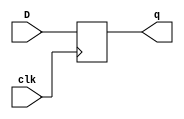
module dff(D,clk,q);
input D,clk;
output q;
reg q;
initial q<=0;
always @ (posedge clk)
 begin
  q<=D;
 end
endmodule


module s510(GND,VDD,CK,cblank,cclr,cnt10,cnt13,cnt21,cnt261,cnt272,cnt283,
  cnt284,cnt44,cnt45,cnt509,cnt511,cnt567,cnt591,csm,csync,john,pc,pclr,
  pcnt12,pcnt17,pcnt241,pcnt27,pcnt6,vsync);
input GND,VDD,CK,john,cnt13,cnt21,cnt284,pcnt6,cnt261,cnt44,pcnt12,pcnt17,
  cnt591,cnt45,cnt567,pcnt27,cnt283,cnt272,cnt10,cnt511,pcnt241,cnt509;
output csm,pclr,pc,cclr,vsync,cblank,csync;

  wire st_5,II2,st_4,II3,st_3,II4,st_2,II5,st_1,II6,st_0,II7,II68,II67,II78,
    II73,II61,II60,II59,II58,II57,II56,II69,II70,II554,II555,II591,II590,II594,
    II595,II546,II547,II667,II666,II475,II474,II798,II799,II495,II494,II467,
    II466,II462,II463,II130,II131,II567,II566,II483,II482,II530,II531,II486,
    II487,II607,II606,II778,II779,II347,II346,II204,II205,II216,II217,II936_2,
    II946_1,II946_2,II936_1,II1089_1,II1044_1,II943_1,II578,II1102_2,II675,
    II1059_1,II671,II1071_1,II551,II1106_1,II1123_1,II663,II967_1,II498,
    II1055_1,II570,II1062_1,II535,II598,II1120_1,II795,II618,II1116_1,II95,
    II603,II950_2,II950_1,II455,II1102_1,II954_2,II587,II104,II1081_1,II543,
    II490,II1106_2,II940_1,II1077_1,II539,II988_1,II694,II698,II1085_1,II787,
    II954_1,II1081_2,II1116_2,II230,II1065_1,II232,II1113_1,II234,II1055_2,
    II1085_2,II1038_1,II985_1,II914_1,II1068_1,II933_1,II958_1,II958_2,II642,
    II924_2,II903_2,II478,II1092_1,II917_1,II458,II921_1,II909_1,II627,II962_2,
    II1095_1,II506,II1099_1,II209,II917_2,II982_1,II559,II1074_1,II1095_2,
    II970_1,II900_1,II207,II903_1,II742,II962_1,II975_1,II978_1,II747,II928_1,
    II1110_1,II924_1,II731,II658,II814,II574,II511,II638,II739,II774,II390,
    II583,II834,II563,II274,II810,II782,II870,II298,II710,II714,II326,II837,
    II270,II615,II838,II872,II266,II877,II213,II278,II282,II823,II855,II867,
    II841,II884,II861,II889,II827,II881,II899,II895,II821,II874,II863,II831,
    II887,II259,II371;

  dff DFF_0(CK,st_5,II2);
  dff DFF_1(CK,st_4,II3);
  dff DFF_2(CK,st_3,II4);
  dff DFF_3(CK,st_2,II5);
  dff DFF_4(CK,st_1,II6);
  dff DFF_5(CK,st_0,II7);
  not NOT_0(II68,cnt44);
  not NOT_1(II67,cnt261);
  not NOT_2(II78,cnt511);
  not NOT_3(II73,cnt567);
  not NOT_4(II61,st_0);
  not NOT_5(II60,st_1);
  not NOT_6(II59,st_2);
  not NOT_7(II58,st_3);
  not NOT_8(II57,st_4);
  not NOT_9(II56,st_5);
  not NOT_10(II69,pcnt12);
  not NOT_11(II70,pcnt17);
  not NOT_12(II554,II555);
  not NOT_13(II591,II590);
  not NOT_14(II594,II595);
  not NOT_15(II546,II547);
  not NOT_16(II667,II666);
  not NOT_17(II475,II474);
  not NOT_18(II798,II799);
  not NOT_19(II495,II494);
  not NOT_20(II467,II466);
  not NOT_21(II462,II463);
  not NOT_22(II130,II131);
  not NOT_23(II567,II566);
  not NOT_24(II483,II482);
  not NOT_25(II530,II531);
  not NOT_26(II486,II487);
  not NOT_27(II607,II606);
  not NOT_28(II778,II779);
  not NOT_29(II347,II346);
  not NOT_30(II204,II205);
  not NOT_31(II216,II217);
  and AND2_0(II936_2,cnt272,st_2);
  and AND2_1(II946_1,cnt10,st_5);
  and AND2_2(II946_2,john,st_4);
  and AND2_3(II936_1,cnt591,II59);
  and AND2_4(II1089_1,II59,II555);
  and AND2_5(II1044_1,II70,cnt284);
  and AND2_6(II943_1,II578,st_3);
  and AND2_7(II1102_2,II56,II675);
  and AND2_8(II1059_1,st_5,II671);
  and AND2_9(II1071_1,II551,II671);
  and AND2_10(II1106_1,II60,II551);
  and AND2_11(II1123_1,II551,II663);
  and AND2_12(II967_1,II498,II57);
  and AND3_0(II1055_1,II570,st_0,st_2);
  and AND2_13(II1062_1,II535,II598);
  and AND2_14(II1120_1,II795,II618);
  and AND2_15(II1116_1,II95,II603);
  and AND2_16(II950_2,II463,cnt283);
  and AND2_17(II950_1,II455,cnt45);
  and AND2_18(II1102_1,st_5,II455);
  and AND3_1(II954_2,cnt45,II587,II104);
  and AND3_2(II1081_1,II543,II490,II58);
  and AND2_19(II1106_2,II57,II543);
  and AND2_20(II940_1,II495,II60);
  and AND2_21(II1077_1,II104,II539);
  and AND2_22(II988_1,II694,II698);
  and AND2_23(II1085_1,II787,II130);
  and AND3_3(II954_1,st_5,cnt509,II567);
  and AND2_24(II1081_2,st_2,II483);
  and AND2_25(II1116_2,II61,II230);
  and AND2_26(II1065_1,II475,II232);
  and AND2_27(II1113_1,st_4,II234);
  and AND2_28(II1055_2,II58,II204);
  and AND2_29(II1085_2,II61,II216);
  or OR2_0(II1038_1,cnt21,st_0);
  or OR2_1(II985_1,pcnt27,II73);
  or OR2_2(II914_1,II60,II61);
  or OR2_3(II1068_1,st_4,II590);
  or OR2_4(II933_1,II57,II58);
  or OR2_5(II958_1,II57,II59);
  or OR2_6(II958_2,cnt284,II642);
  or OR2_7(II924_2,II474,II666);
  or OR2_8(II903_2,II58,II478);
  or OR2_9(II1092_1,st_4,II478);
  or OR3_0(II917_1,II458,II494,st_5);
  or OR2_10(II921_1,II494,II570);
  or OR2_11(II909_1,II466,II627);
  or OR2_12(II962_2,II466,II78);
  or OR2_13(II1095_1,cnt13,II506);
  or OR2_14(II1099_1,II506,II209);
  or OR2_15(II917_2,II482,II590);
  or OR2_16(II982_1,II559,II487);
  or OR2_17(II1074_1,II475,II546);
  or OR2_18(II1095_2,II475,II578);
  or OR2_19(II970_1,II495,II603);
  or OR2_20(II900_1,II56,II207);
  or OR2_21(II903_1,II606,II742);
  or OR2_22(II962_1,II462,II73);
  or OR2_23(II975_1,II531,II483);
  or OR2_24(II978_1,II483,II747);
  or OR2_25(II928_1,st_0,II530);
  or OR2_26(II1110_1,II61,II530);
  or OR2_27(II924_1,st_0,II731);
  nand NAND2_0(II590,st_1,st_2);
  nand NAND2_1(II458,st_3,st_1);
  nand NAND2_2(II490,cnt284,pcnt17);
  nand NAND2_3(II578,II61,st_1);
  nand NAND2_4(II666,II61,st_3);
  nand NAND2_5(II658,st_2,II58);
  nand NAND3_0(II814,II58,cnt21,II595);
  nand NAND2_6(II574,st_3,II57);
  nand NAND2_7(II498,II511,II587);
  nand NAND2_8(II638,II511,st_0);
  nand NAND2_9(II642,II739,st_2);
  nand NAND2_10(II474,II56,II57);
  nand NAND2_11(II570,II458,II56);
  nand NAND2_12(II598,cnt13,II56);
  nand NAND2_13(II742,II56,st_0);
  nand NAND2_14(II618,II69,cnt44);
  nand NAND2_15(II478,II547,II739);
  nand NAND2_16(II494,II57,II547);
  nand NAND3_1(II774,st_5,II547,II458);
  nand NAND2_17(II466,st_3,II535);
  nand NAND2_18(II506,II535,II58);
  nand NAND2_19(II566,II663,st_2);
  nand NAND2_20(II104,II933_1,II56);
  nand NAND2_21(II482,II58,II551);
  nand NAND2_22(II390,st_0,II583);
  nand NAND2_23(II834,II1068_1,II642);
  nand NAND2_24(II698,II563,II59);
  nand NAND2_25(II694,II795,II57);
  nand NAND2_26(II274,II56,II667);
  nand NAND2_27(II606,II95,II57);
  nand NAND2_28(II346,II985_1,II463);
  nand NAND3_2(II810,pcnt6,cnt284,II455);
  nand NAND3_3(II782,II67,II559,II675);
  nand NAND2_29(II230,II958_1,II958_2);
  nand NAND2_30(II870,II1092_1,II566);
  nand NAND2_31(II298,II539,II574);
  nand NAND2_32(II710,II467,cnt10);
  nand NAND2_33(II714,II1038_1,II567);
  nand NAND2_34(pclr,II917_1,II917_2);
  nand NAND2_35(II326,II982_1,II61);
  nand NAND2_36(pc,II921_1,II837);
  nand NAND2_37(II270,st_3,II615);
  nand NAND2_38(II838,II1074_1,II530);
  nand NAND3_4(II872,II1095_1,II1095_2,II774);
  nand NAND2_39(II266,II970_1,st_1);
  nand NAND3_5(II232,II962_1,II962_2,II810);
  nand NAND4_0(cclr,II486,II877,II546,II390);
  nand NAND4_1(II234,II213,II814,II710,II714);
  nand NAND2_40(II278,II975_1,II60);
  nand NAND2_41(II282,II978_1,st_1);
  nand NAND3_6(II3,II903_1,II903_2,II823);
  nand NAND3_7(vsync,II914_1,II855,II867);
  nand NAND2_42(cblank,II928_1,II841);
  nand NAND4_2(II4,II278,II274,II270,II266);
  nand NAND3_8(II884,II1110_1,II861,II326);
  nand NAND4_3(II5,II282,II889,II827,II298);
  nand NAND3_9(csync,II924_1,II924_2,II881);
  nand NAND3_10(II6,II909_1,II899,II895);
  nand NAND2_43(II2,II900_1,II821);
  nand NAND3_11(II874,II1099_1,II863,II831);
  nand NAND3_12(II7,II778,II782,II887);
  nor NOR2_0(II555,st_0,st_1);
  nor NOR2_1(II587,st_1,st_2);
  nor NOR2_2(II595,st_0,st_2);
  nor NOR2_3(II511,st_3,st_5);
  nor NOR2_4(II739,st_5,st_1);
  nor NOR2_5(II627,pcnt241,II78);
  nor NOR2_6(II547,II61,st_2);
  nor NOR2_7(II675,II61,st_1);
  nor NOR2_8(II535,II590,st_0);
  nor NOR2_9(II671,II458,II59);
  nor NOR2_10(II663,st_1,II58);
  nor NOR2_11(II551,II61,II57);
  nor NOR2_12(II583,II511,II60);
  nor NOR2_13(II603,II61,II56);
  nor NOR3_0(II799,II56,II58,II59);
  nor NOR2_14(II209,II946_1,II946_2);
  nor NOR2_15(II563,II578,II56);
  nor NOR3_1(II795,st_3,st_2,II578);
  nor NOR2_16(II95,II587,II591);
  nor NOR2_17(II463,II458,II594);
  nor NOR2_18(II131,II936_1,II936_2);
  nor NOR2_19(II455,II554,II658);
  nor NOR2_20(II559,II658,II56);
  nor NOR2_21(II531,II574,II59);
  nor NOR3_2(II787,II554,st_5,II574);
  nor NOR2_22(II487,st_4,II498);
  nor NOR2_23(II543,II742,II590);
  nor NOR2_24(II747,II638,II1044_1);
  nor NOR2_25(II539,II546,II60);
  nor NOR2_26(II207,II595,II943_1);
  nor NOR3_3(II779,II95,st_4,II638);
  nor NOR2_27(II259,st_0,II967_1);
  nor NOR2_28(II837,II487,II1071_1);
  nor NOR2_29(II867,II834,II1089_1);
  nor NOR2_30(II615,II475,st_2);
  nor NOR2_31(II827,II531,II1062_1);
  nor NOR2_32(csm,II555,II798);
  nor NOR2_33(II213,II950_1,II950_2);
  nor NOR3_4(II877,II1102_1,II1102_2,II551);
  nor NOR2_34(II823,II259,II1059_1);
  nor NOR2_35(II855,II615,st_3);
  nor NOR2_36(II205,II563,II940_1);
  nor NOR2_37(II841,II799,II1077_1);
  nor NOR2_38(II371,II68,II988_1);
  nor NOR2_39(II731,II583,II607);
  nor NOR2_40(II217,II954_1,II954_2);
  nor NOR2_41(II861,II1081_1,II1081_2);
  nor NOR3_5(II889,II1116_1,II1116_2,II870);
  nor NOR3_6(II881,II1106_1,II1106_2,II838);
  nor NOR3_7(II899,II872,II347,II1123_1);
  nor NOR2_42(II831,II371,II1065_1);
  nor NOR2_43(II895,II884,II1120_1);
  nor NOR2_44(II821,II1055_1,II1055_2);
  nor NOR2_45(II863,II1085_1,II1085_2);
  nor NOR2_46(II887,II874,II1113_1);

endmodule